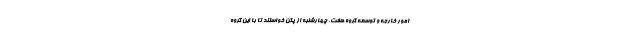
امور خارجه و توسعه گروه هفت، چهارشنبه از پکن خواستند تا با این گروه